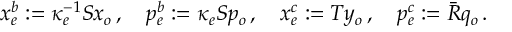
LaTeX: x _ { e } ^ { b } : = \kappa _ { e } ^ { - 1 } S x _ { o } \, , \quad p _ { e } ^ { b } : = \kappa _ { e } S p _ { o } \, , \quad x _ { e } ^ { c } : = T y _ { o } \, , \quad p _ { e } ^ { c } : = \bar { R } q _ { o } \, .